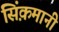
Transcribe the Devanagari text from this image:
सिंक़मानी